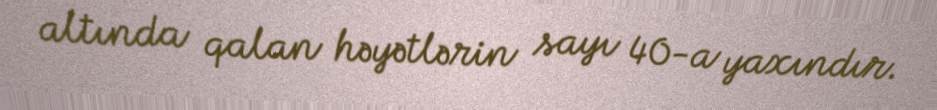
altında qalan həyətlərin sayı 40-a yaxındır.